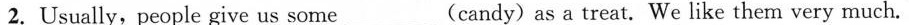
2.Usually, people give us some___(candy) as a treat. We like them very much.